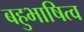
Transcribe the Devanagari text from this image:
बहुभाषित्व